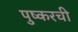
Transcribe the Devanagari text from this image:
पुष्करची